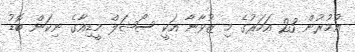
އުމުރުން 23 އަހަރުގެ މި ޒުވާނާ އަކީ ސޯޝަލް މީޑިއާގެ ނިކަން ބޮޑު